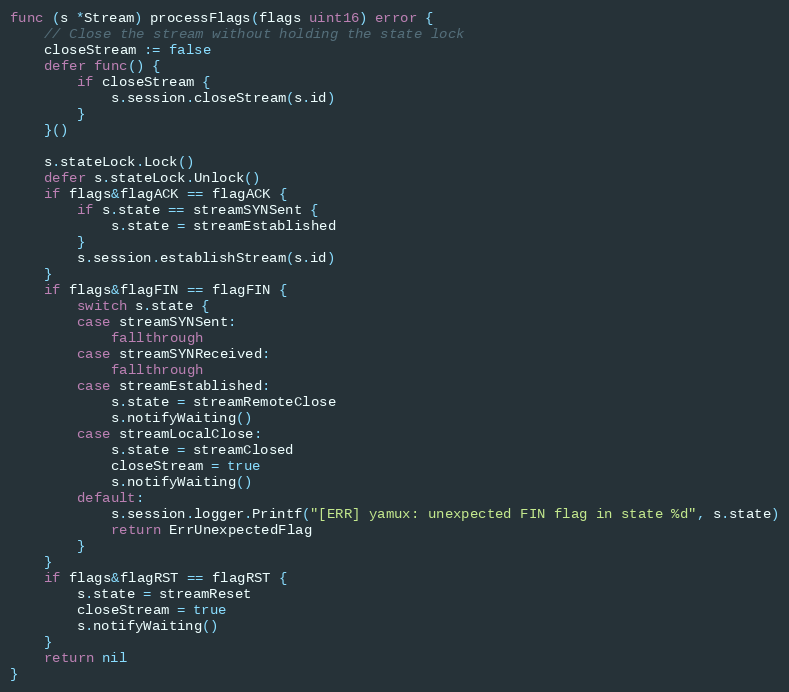
Language: Go
func (s *Stream) processFlags(flags uint16) error {
	// Close the stream without holding the state lock
	closeStream := false
	defer func() {
		if closeStream {
			s.session.closeStream(s.id)
		}
	}()

	s.stateLock.Lock()
	defer s.stateLock.Unlock()
	if flags&flagACK == flagACK {
		if s.state == streamSYNSent {
			s.state = streamEstablished
		}
		s.session.establishStream(s.id)
	}
	if flags&flagFIN == flagFIN {
		switch s.state {
		case streamSYNSent:
			fallthrough
		case streamSYNReceived:
			fallthrough
		case streamEstablished:
			s.state = streamRemoteClose
			s.notifyWaiting()
		case streamLocalClose:
			s.state = streamClosed
			closeStream = true
			s.notifyWaiting()
		default:
			s.session.logger.Printf("[ERR] yamux: unexpected FIN flag in state %d", s.state)
			return ErrUnexpectedFlag
		}
	}
	if flags&flagRST == flagRST {
		s.state = streamReset
		closeStream = true
		s.notifyWaiting()
	}
	return nil
}